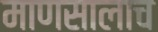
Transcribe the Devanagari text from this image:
माणसालाच